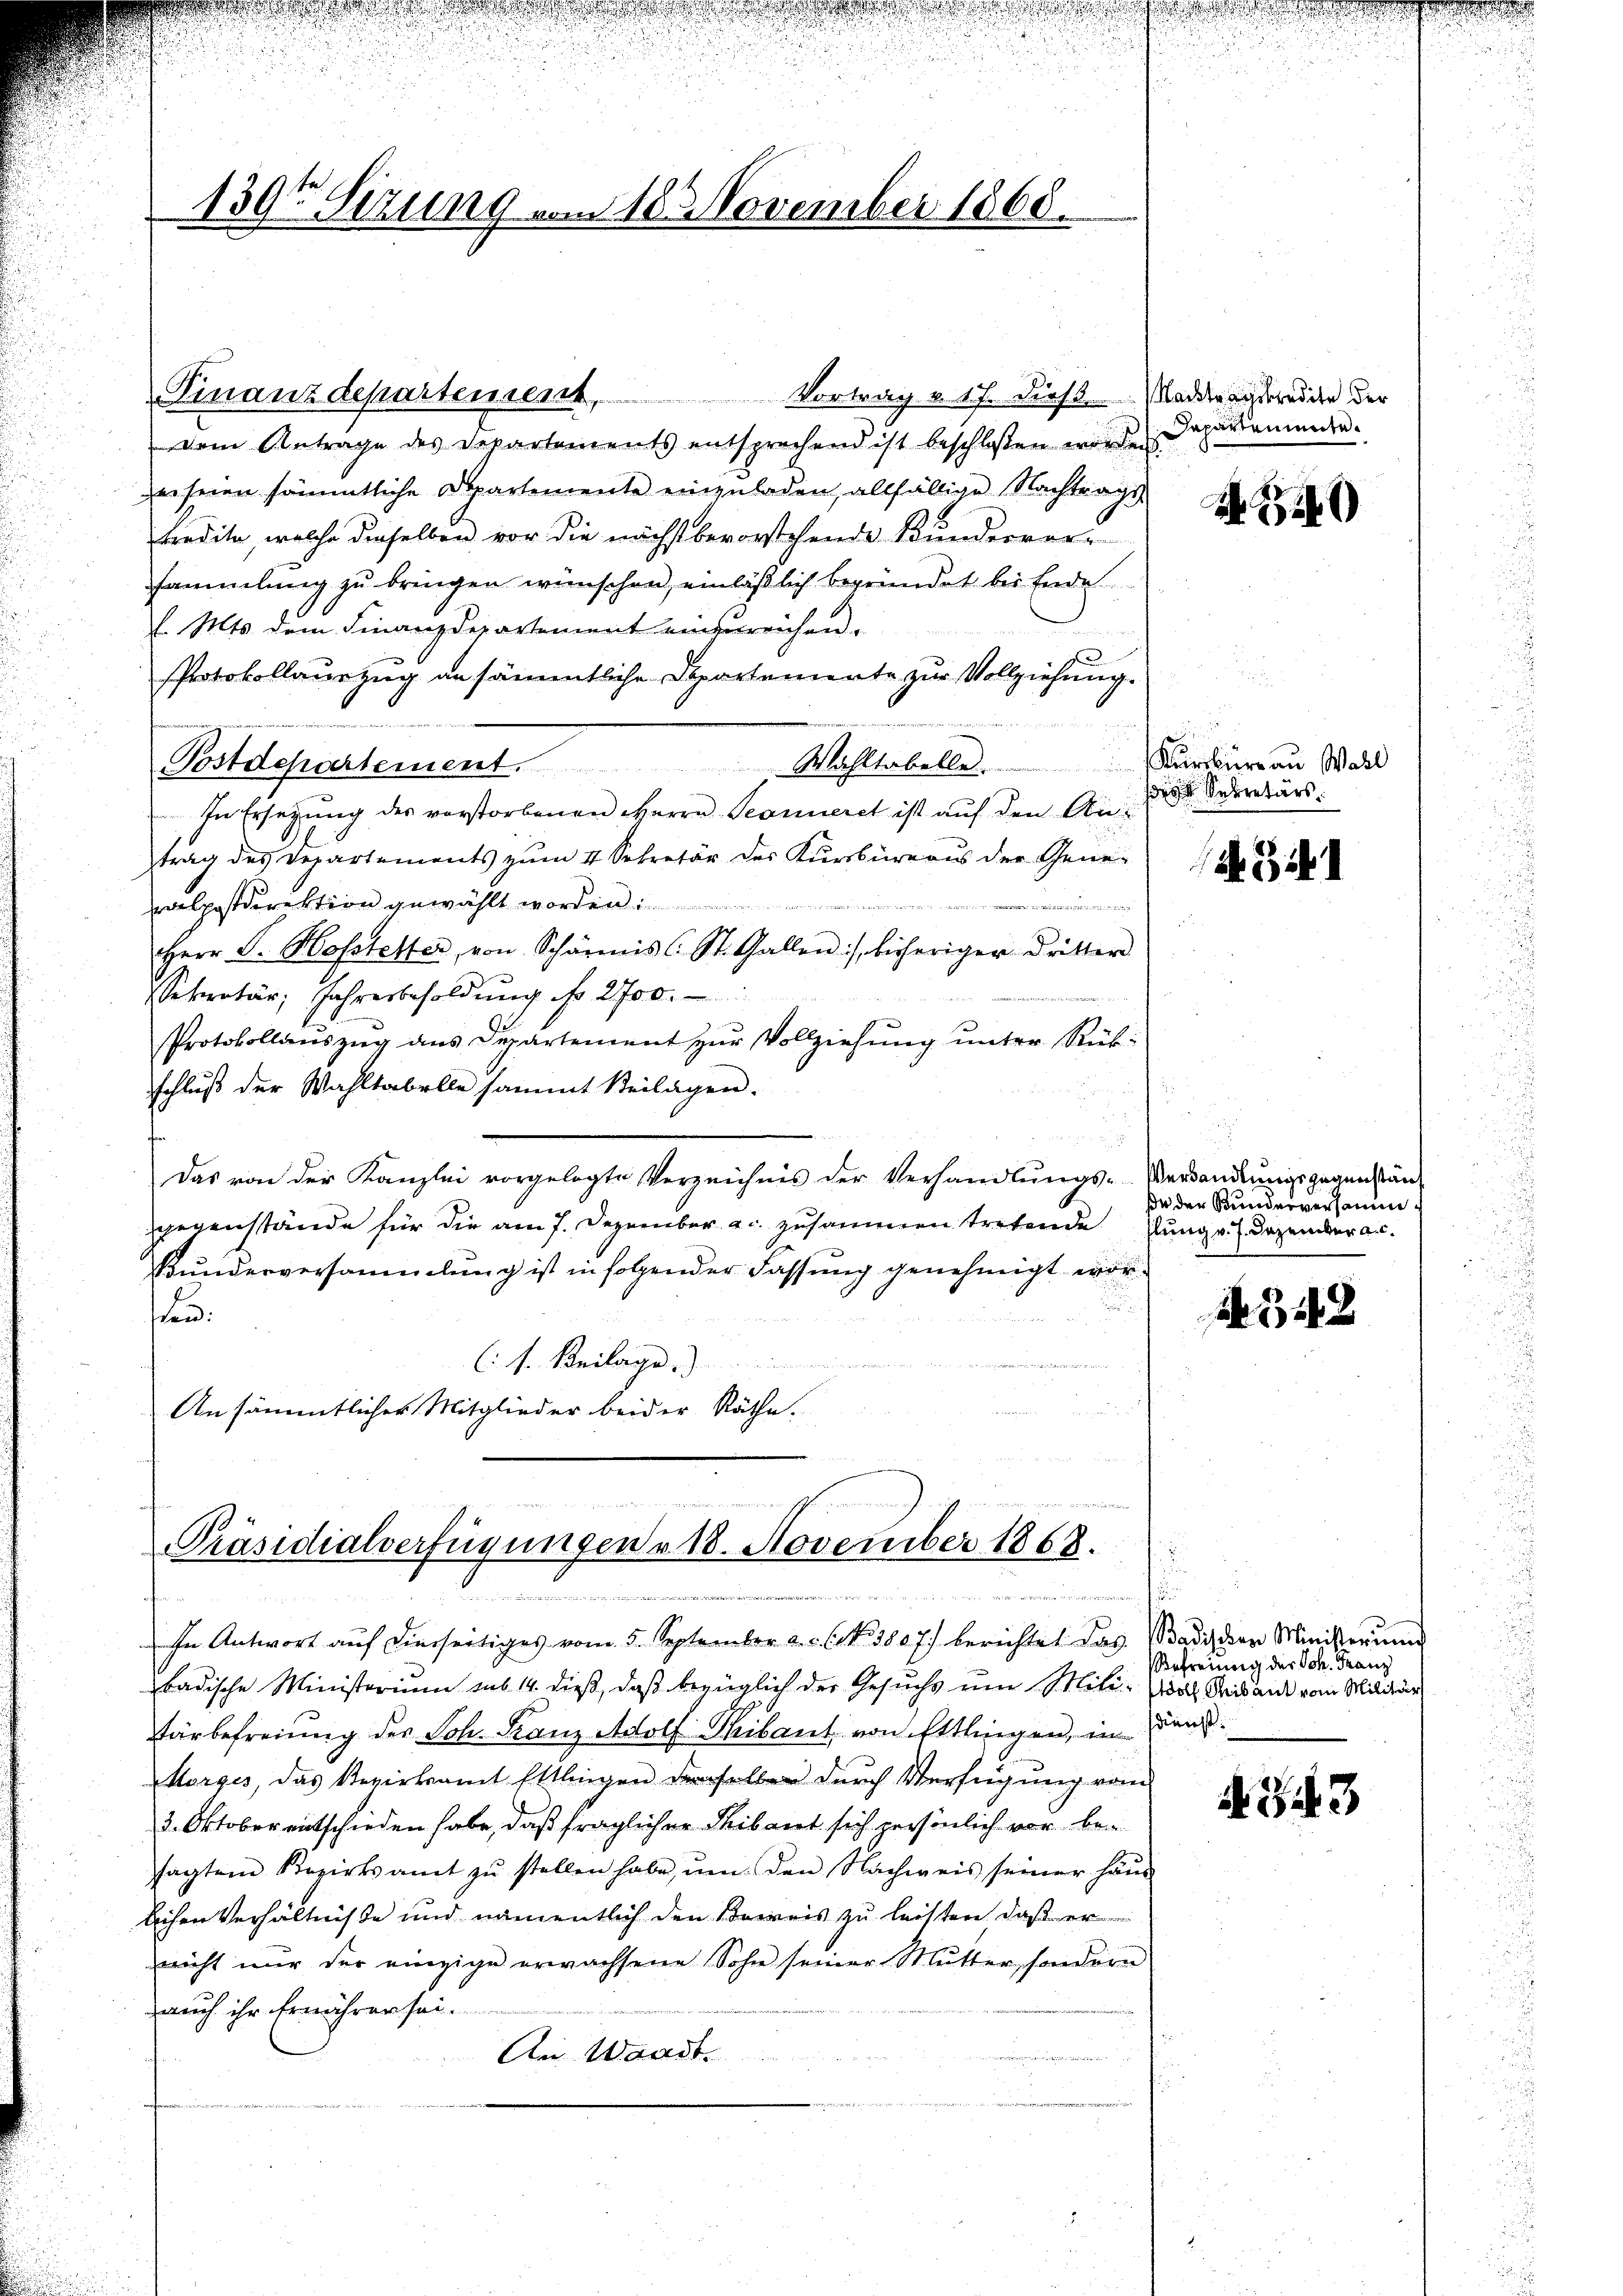
e

139t Setzung vom 18. November 1868.

Finanzdepartement,
Vortrag v. 17. Dieß (Naddragskredite der
dem Antrage des Departements entsprechend ist beschlossen worden
er seien sämmtliche Departemente einzuladen, allfällige Nachtrags
tredite, welche dieselben vor die nächstbevorstehende Kunderver-
sammlung zu bringen wünschen, einläßlich begründet bei Ende
l. Mts. dem Finanzdepartement einzureichen.
Protokollauszug an sämmtliche Departemente zur Vollziehung.
In Ersezung des vorstorbenen Herrn Seonneret ist auf den Antrag des Departements zum 4 Sekretär des Kursbüreaus der Gene¬

ralpostdirektion gewählt worden
1
Herr J. Hofstetter, von Schärmis (St. Gallen :/ bisheriger dritter
Sekretär, Jahresbesoldŭng fo 2700.
Protokollauszug aus Departement zur Vollziehung unter Rückschluß der Wahltabelle sammt Beilagen.
u
Das von der Kanzlei vorgelegte Verzeichnis der Verhandlŭngs-Verdandŭngsgegenstän-
gegenstände für die am 7. Dezember a. zusammen tretende
Bunderversammlung ist in folgender Fassung genehmigt worten:
(s. Beilage.
An sämmtlicher Mitglieder beider Räthe.

Postdepartement. Wahltabelle.

u
Präsidialverfügungen v. 18. November 1868.
.

In Antwort aŭf dierseitiges vom 5. September a. c. (N. 3807) berichtet das Badider Ministerŭng
badische Ministerium sub 14. dieß, daß bezüglich der Gesuchs um Mili-Wolf Seis ande vom Milder
tärbefreiung des Joh. Franz Adolf Thibaut von Ettlingen, in Dank.
Morges, das Revirksamt Ettlingen demselben durch Verfügung vom
3. Oktober entschieden habe, daß fraglicher Thibaut sich persönlich vor besagten Bezirksamt zŭ stellen habe, ŭm den Nachweis seiner Haŭs
lichen Verhältnisse und namentlich den Beweis zu leisten daß er
nicht nur der einzige erwachsene Sohn seiner Mutter, sondern
auch ihr Ernähren sei.
An Waadt.

Dapartemente.

N 220

Kursbureau Wall
 Secretärs.

de der Kunderversamm
hlung v. J. Dezember a. c.

318

Befreiung der Joh. Franz

A. 343